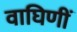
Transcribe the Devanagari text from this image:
वाघिणीं